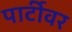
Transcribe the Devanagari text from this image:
पार्टीवर